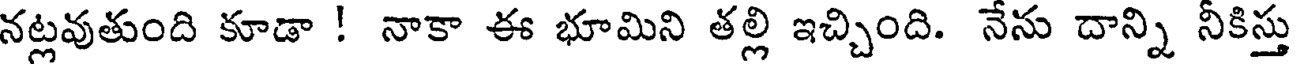
నట్లవుతుంది కూడా ! నాకా ఈ భూమిని తల్లి ఇచ్చింది. నేసు దాన్ని నీకిస్తు